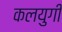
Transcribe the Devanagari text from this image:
कलयुगी